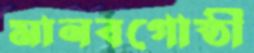
মানবগোষ্ঠী